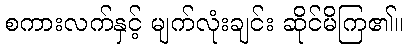
စကားလက်နှင့် မျက်လုံးချင်း ဆိုင်မိကြ၏။